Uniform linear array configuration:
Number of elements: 8
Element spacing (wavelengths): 0.25
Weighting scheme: hamming
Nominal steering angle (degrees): -15
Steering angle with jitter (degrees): -15.31
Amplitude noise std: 0.05
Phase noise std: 0.05

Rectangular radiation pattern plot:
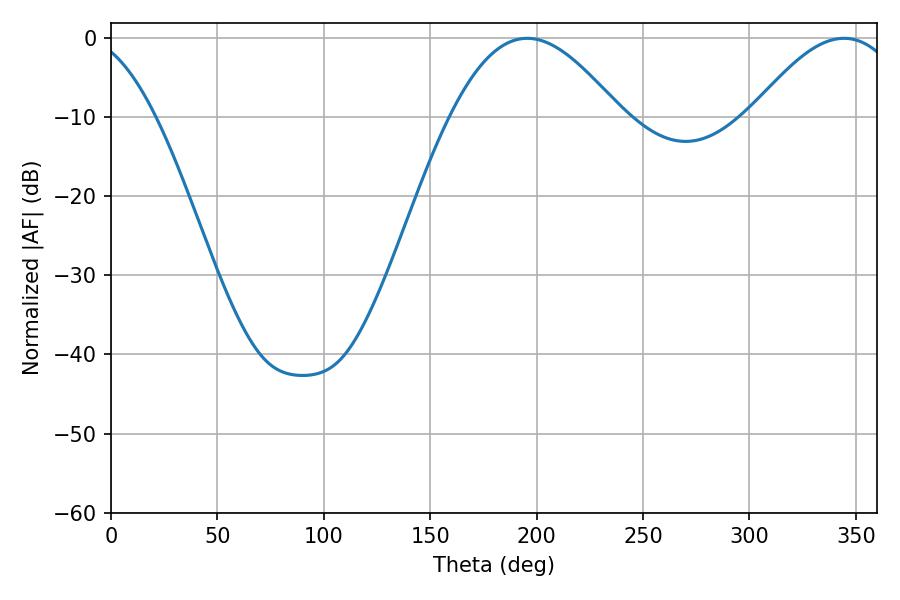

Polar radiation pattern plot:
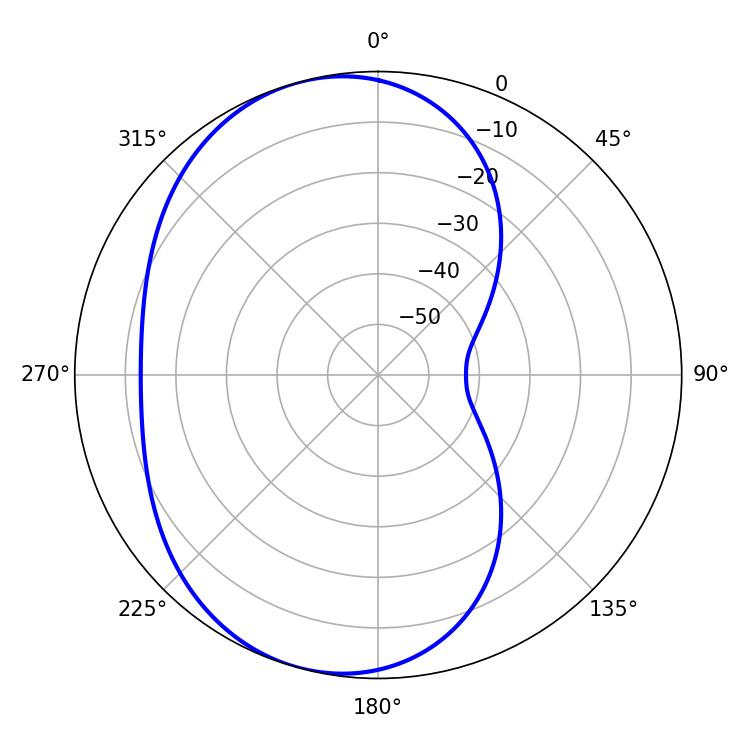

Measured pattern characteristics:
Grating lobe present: FALSE
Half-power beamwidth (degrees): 43.38
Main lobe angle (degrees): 195.66